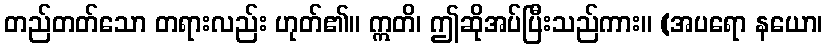
တည်တတ်သော တရားလည်း ဟုတ်၏။ ဣတိ၊ ဤဆိုအပ်ပြီးသည်ကား။ (အပရော နယော၊